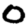
Digit: 0